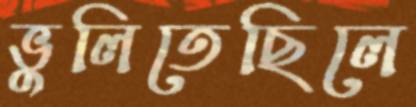
ভুলিতেছিলে